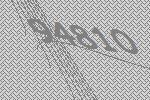
94810